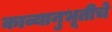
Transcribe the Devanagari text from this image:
काव्यानुभूतीचे